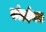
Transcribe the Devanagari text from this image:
कोडईनाल